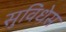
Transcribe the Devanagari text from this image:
सुविधेस